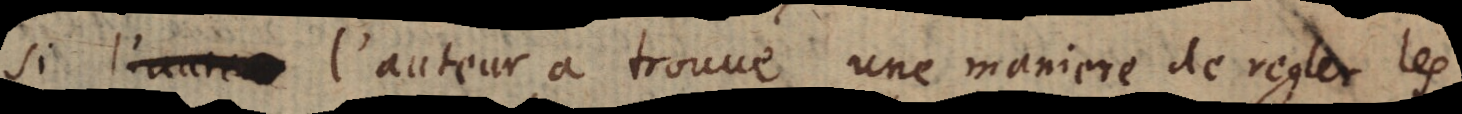
Si [l’aute l’auteur a trouué une maniere de regler les